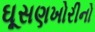
ઘૂસણખોરીનો